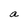
Character: a